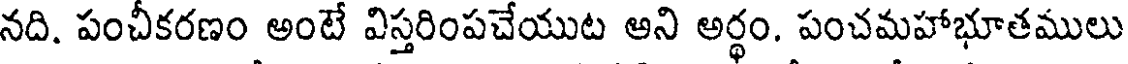
నది. పంచీకరణం అంటే విస్తరింపచేయుట అని అర్థం. పంచమహాభూతములు